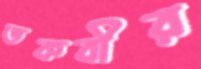
তকবীর